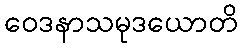
ဝေဒနာသမုဒယောတိ